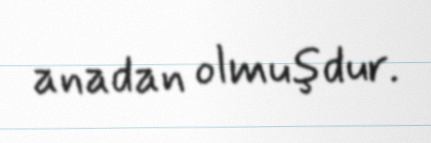
anadan olmuşdur.